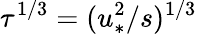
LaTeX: \tau^{1/3}=(u_{\ast}^{2}/s)^{1/3}